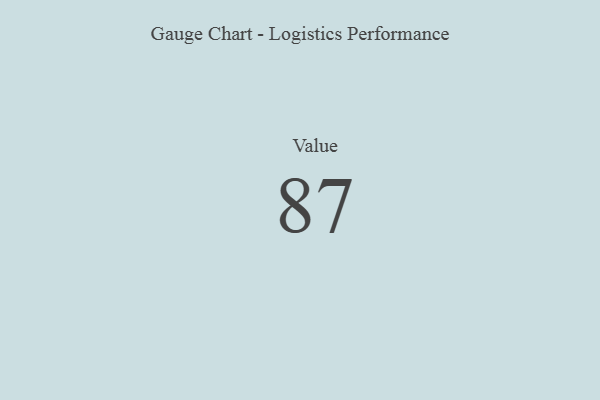
{"axis": {"x": "Metric", "y": "Value"}, "legend": [""], "data": [{"x": "Value", "y": 87, "type": ""}]}